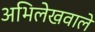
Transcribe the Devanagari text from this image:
अभिलेखवाले